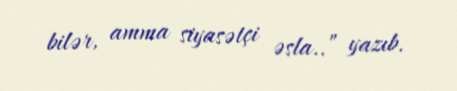
bilər, amma siyasətçi əsla..” yazıb.